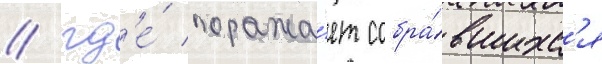
/ гд'е́ поража́ет собра́вшихс'я